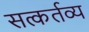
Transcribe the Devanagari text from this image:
सत्कर्तव्य